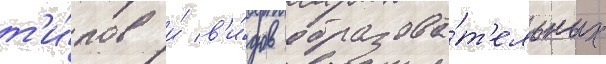
т'и́пов и́ в'и́дов образова́т'ельных